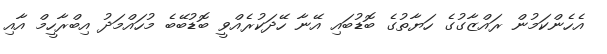
އެހެންކަމުން ރައްޒާގުގެ ހަޔާތުގެ ބޮޑުބައި އޭނާ ހޭދަކުރެއްވީ ބޮޑުބޭބެ މުހައްމަދު އިބްރާހީމް އާއި